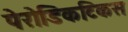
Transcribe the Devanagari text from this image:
पेरोडिकटिकस